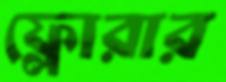
ফ্লোরার